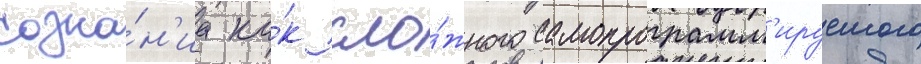
созна́н'иа ка́к сло́жного самопрограмм'ируемого